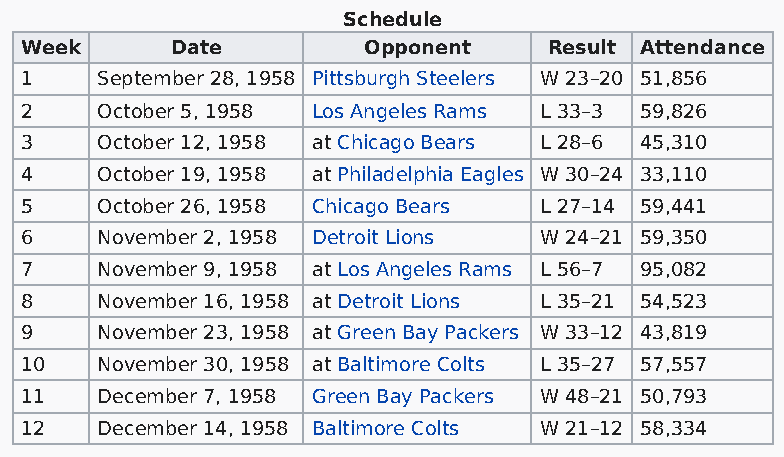
Schedule
 Week      Date         Opponent    Result Attendance
 1    September 28, 1958 Pittsburgh Steelers W 23–20 51,856
 2    October 5, 1958 Los Angeles Rams L 33–3 59,826
 3    October 12, 1958 at Chicago Bears L 28–6 45,310
 4    October 19, 1958 at Philadelphia Eagles W 30–24 33,110
 5    October 26, 1958 Chicago Bears L 27–14 59,441
 6    November 2, 1958 Detroit Lions W 24–21 59,350
 7    November 9, 1958 at Los Angeles Rams L 56–7 95,082
 8    November 16, 1958 at Detroit Lions L 35–21 54,523
 9    November 23, 1958 at Green Bay Packers W 33–12 43,819
 10   November 30, 1958 at Baltimore Colts L 35–27 57,557
 11   December 7, 1958 Green Bay Packers W 48–21 50,793
 12   December 14, 1958 Baltimore Colts W 21–12 58,334